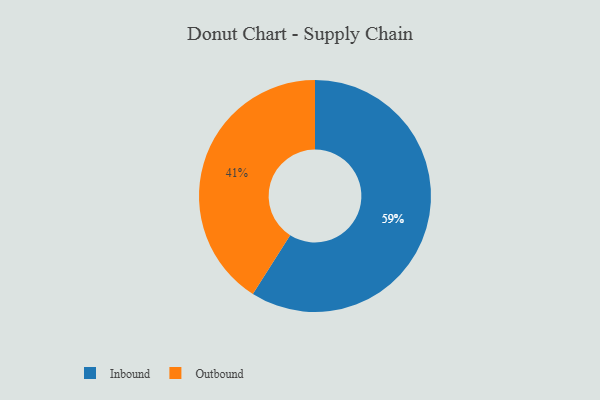
{"axis": {"x": "Category", "y": "Percentage"}, "legend": ["Inbound", "Outbound"], "data": [{"x": "Outbound", "y": 41, "type": "Outbound"}, {"x": "Inbound", "y": 59, "type": "Inbound"}]}